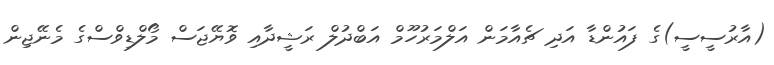
(އާރުސީސީ)ގެ ފައުންޑާ އަދި ޗެއާމަން އަލްމަރުހޫމް އަބްދުލް ރަޝީދާއި ވޮޔޭޖަސް މޯލްޑިވްސްގެ މެނޭޖިން